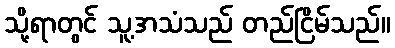
သို့ရာတွင် သူ့အသံသည် တည်ငြိမ်သည်။